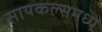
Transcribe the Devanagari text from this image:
सायकल्समध्ये